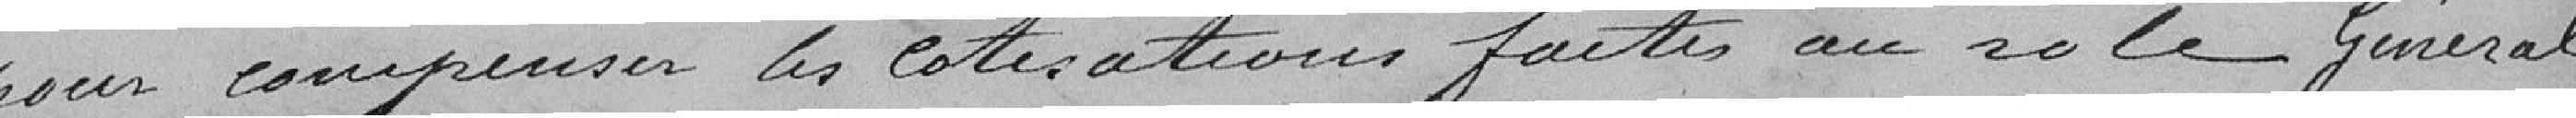
pour compenser les cotisations faites au rôle général